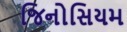
જિનોસિયમ